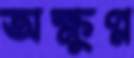
অক্ষুণ্ন